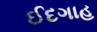
ઈદગાહ